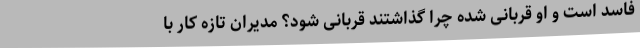
فاسد است و او قربانی شده چرا گذاشتند قربانی شود؟ مدیران تازه کار با